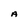
Character: A